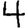
Digit: 4